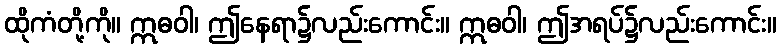
ထိုကံတို့ကို။ ဣဓဝါ၊ ဤနေရာ၌လည်းကောင်း။ ဣဓဝါ၊ ဤအရပ်၌လည်းကောင်း။